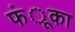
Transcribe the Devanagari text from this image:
फंूका